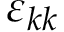
\varepsilon _ { k k }